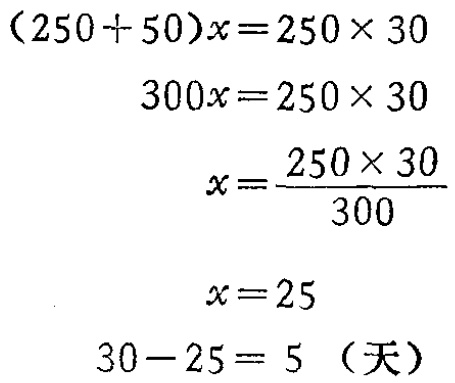
\[
\begin{align*}
(250 + 50)x&=250\times30\\
300x&=250\times30\\
x&=\frac{250\times30}{300}\\
x&=25\\
30 - 25&= 5 \text{（天）}
\end{align*}
\]